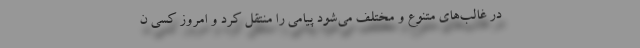
در غالب‌های متنوع و مختلف می‌شود پیامی را منتقل کرد و امروز کسی ن